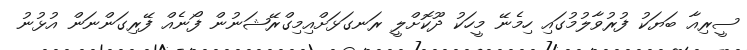
ސީރިއާ ބަޔަކު ފުރުވާލުމުގައި ހިމެނޭ މީހަކު ދޫކޮށްލީ ރަނގަޅަށްއިމިގްރޭޝަނުން ފޯނެއް ފޭރިގަންނަން އުޅުނު